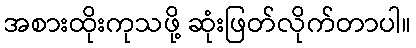
အစားထိုးကုသဖို့ ဆုံးဖြတ်လိုက်တာပါ။